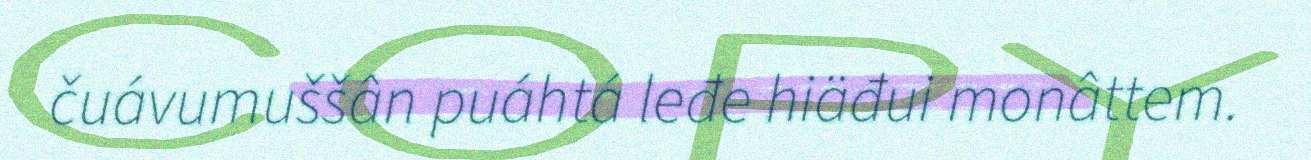
čuávumuššân puáhtá leđe hiäđui monâttem.